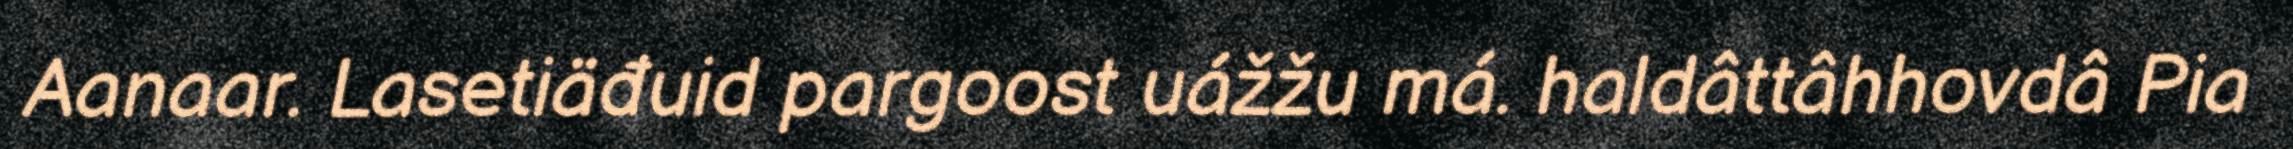
Aanaar. Lasetiäđuid pargoost uážžu má. haldâttâhhovdâ Pia